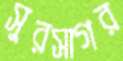
সুরসাগর